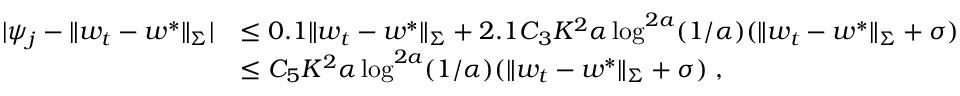
\begin{array} { r l } { | \psi _ { j } - \| w _ { t } - w ^ { * } \| _ { \Sigma } | } & { \leq 0 . 1 \| w _ { t } - w ^ { * } \| _ { \Sigma } + 2 . 1 C _ { 3 } K ^ { 2 } \alpha \log ^ { 2 a } ( 1 / \alpha ) ( \| w _ { t } - w ^ { * } \| _ { \Sigma } + \sigma ) } \\ & { \leq C _ { 5 } K ^ { 2 } \alpha \log ^ { 2 a } ( 1 / \alpha ) ( \| w _ { t } - w ^ { * } \| _ { \Sigma } + \sigma ) \; , } \end{array}